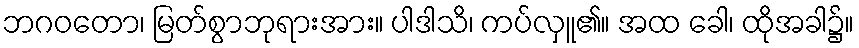
ဘဂဝတော၊ မြတ်စွာဘုရားအား။ ပါဒါသိ၊ ကပ်လှူ၏။ အထ ခေါ၊ ထိုအခါ၌။